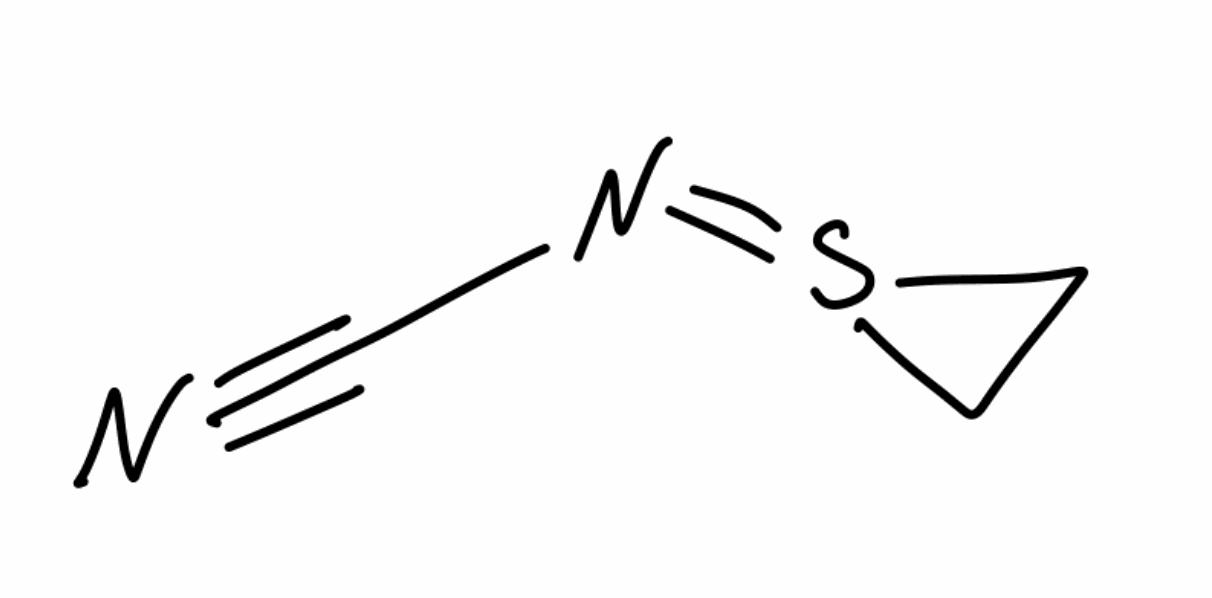
Simplified molecular-input line-entry system (SMILES) notation of the given molecule:
C1CS1=NC#N